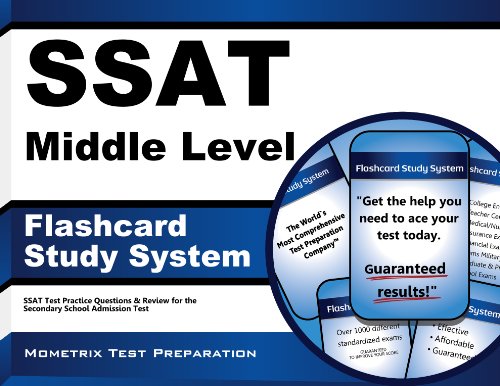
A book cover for SSAT Middle Level Flashcard Study System: SSAT Test Practice Questions & Review for the Secondary School Admission Test (Cards); SSAT Exam Secrets Test Prep Team; Test Preparation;